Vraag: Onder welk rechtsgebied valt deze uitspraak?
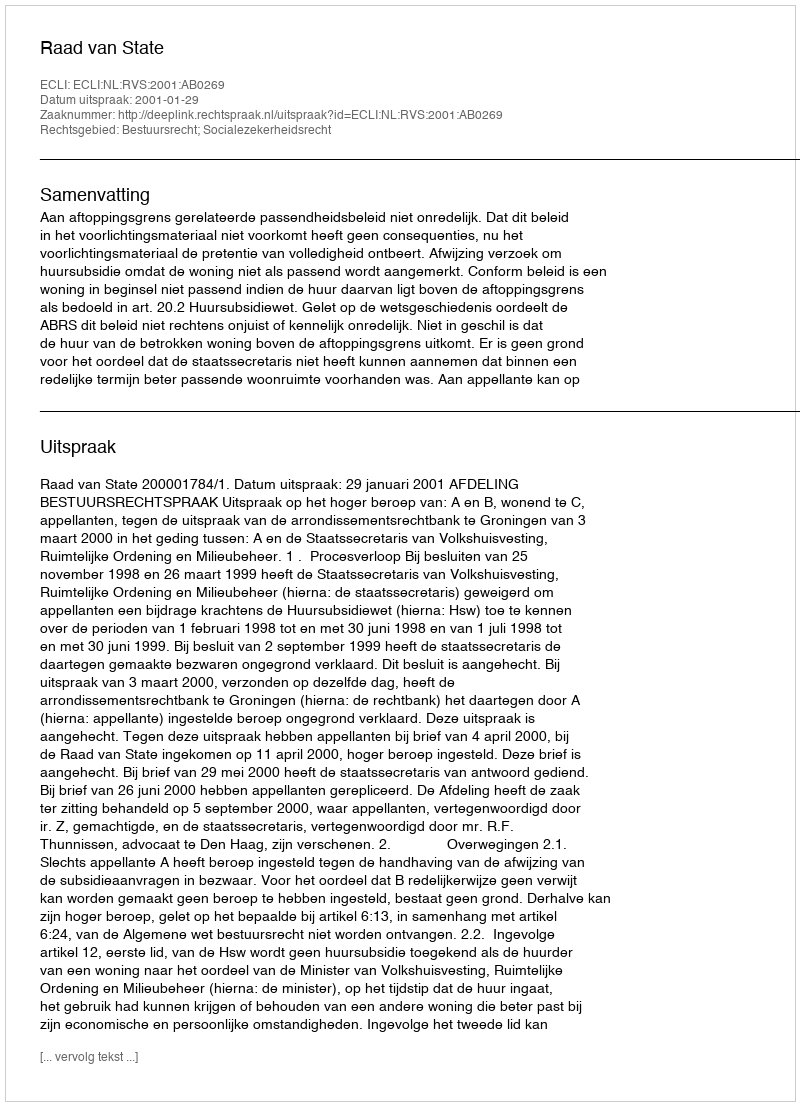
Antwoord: Bestuursrecht; Socialezekerheidsrecht